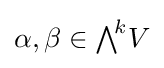
\alpha ,\beta \in {\textstyle \bigwedge }^{\!k}V